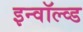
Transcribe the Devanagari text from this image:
इन्वॉल्व्ड